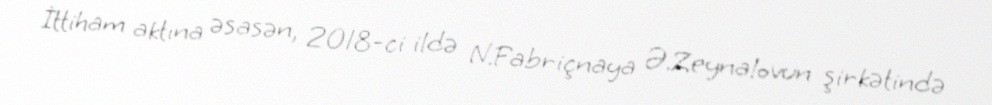
İttiham aktına əsasən, 2018-ci ildə N.Fabriçnaya Ə.Zeynalovun şirkətində